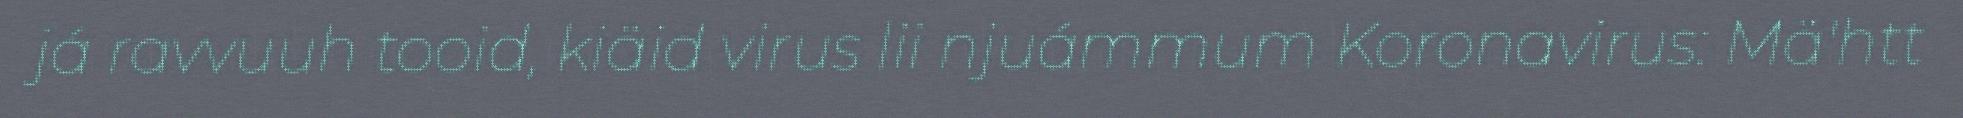
já ravvuuh tooid, kiäid virus lii njuámmum Koronavirus: Mä'htt